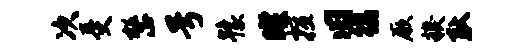
次受整号豫暌擅旧徭厥糗耿